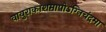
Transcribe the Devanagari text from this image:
वायुराकाशमापोऽग्‍निचंद्रमा